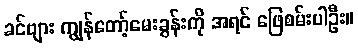
ခင်ဗျား ကျွန်တော့်မေးခွန်းကို အရင် ဖြေစမ်းပါဦး။